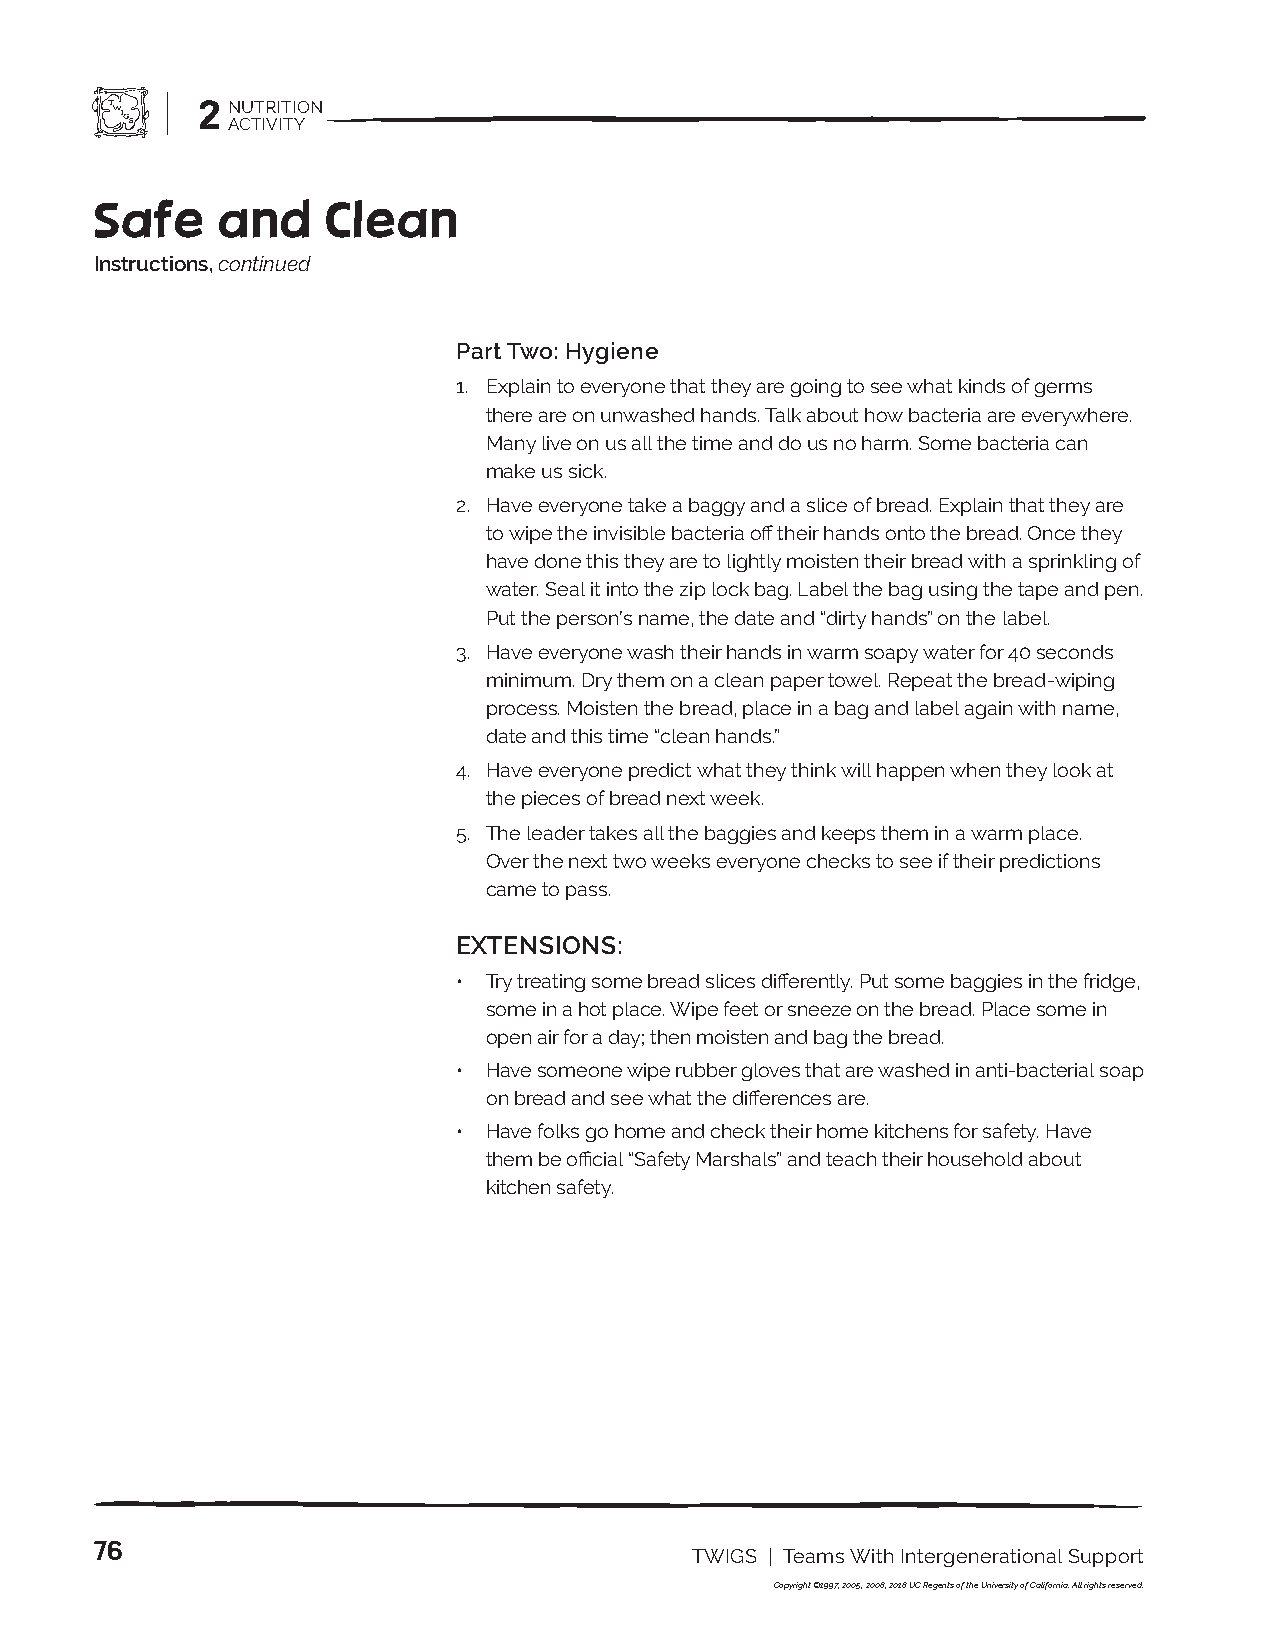
2 NUTRITION
 ACTIVITY
 Safe    and     Clean
 Instructions, continued
 Part Two: Hygiene
 1. Explain to everyone that they are going to see what kinds of germs
 there are on unwashed hands. Talk about how bacteria are everywhere.
 Many live on us all the time and do us no harm. Some bacteria can
 make us sick.
 2. Have everyone take a baggy and a slice of bread. Explain that they are
 to wipe the invisible bacteria off their hands onto the bread. Once they
 have done this they are to lightly moisten their bread with a sprinkling of
 water. Seal it into the zip lock bag. Label the bag using the tape and pen.
 Put the person’s name, the date and “dirty hands” on the label.
 3. Have everyone wash their hands in warm soapy water for 40 seconds
 minimum. Dry them on a clean paper towel. Repeat the bread-wiping
 process. Moisten the bread, place in a bag and label again with name,
 date and this time “clean hands.”
 4. Have everyone predict what they think will happen when they look at
 the pieces of bread next week.
 5. The leader takes all the baggies and keeps them in a warm place.
 Over the next two weeks everyone checks to see if their predictions
 came to pass.
 EXTENSIONS:
 • Try treating some bread slices differently. Put some baggies in the fridge,
 some in a hot place. Wipe feet or sneeze on the bread. Place some in
 open air for a day; then moisten and bag the bread.
 • Have someone wipe rubber gloves that are washed in anti-bacterial soap
 on bread and see what the differences are.
 • Have folks go home and check their home kitchens for safety. Have
 them be official “Safety Marshals” and teach their household about
 kitchen safety.
 76
 TWIGS | Teams With Intergenerational Support
 Copyright ©1997, 2005, 2008, 2018 UC Regents of the University of California. All rights reserved.